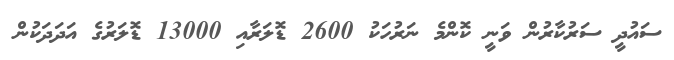
ސައުދީ ސަރުކާރުން ވަނީ ކޮންމެ ނަރުހަކު 2600 ޑޮލަރާއި 13000 ޑޮލަރުގެ އަދަދަކުން